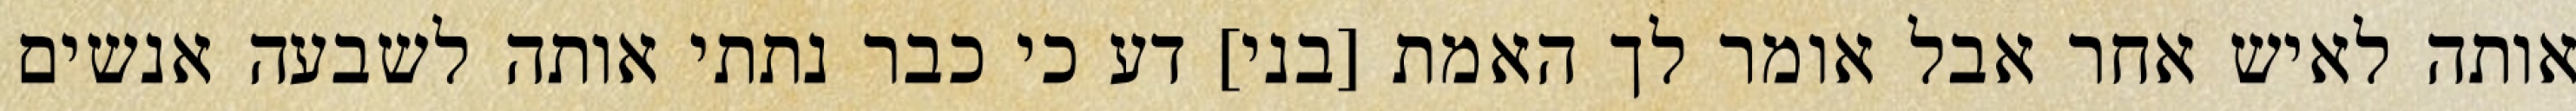
אותה לאיש אחר אבל אומר לך האמת [בני] דע כי כבר נתתי אותה לשבעה אנשים